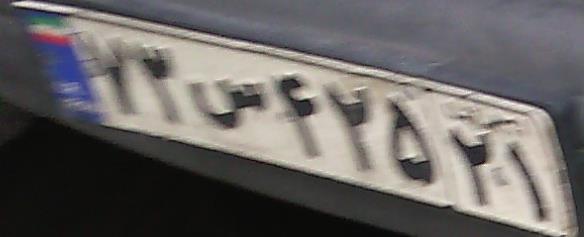
۷۳س۴۲۵۲۱